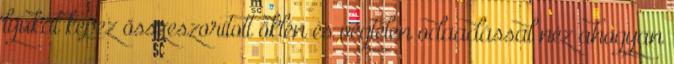
lyukat képez összeszorított öklén és végtelen odaadással néz ahogyan